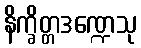
နိက္ခိတ္တဒဏ္ဍေသု